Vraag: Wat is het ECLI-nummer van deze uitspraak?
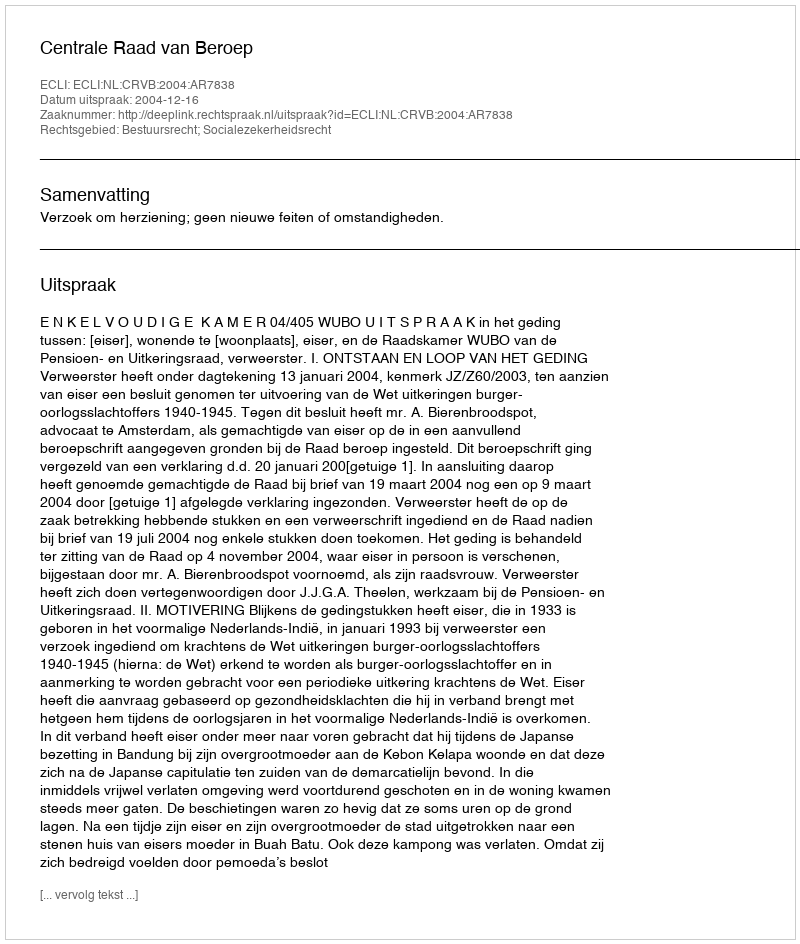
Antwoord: ECLI:NL:CRVB:2004:AR7838